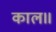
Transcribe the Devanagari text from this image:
काल॥